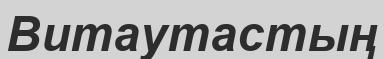
Витаутастың